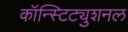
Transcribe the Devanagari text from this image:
कॉन्स्टिट्युशनल